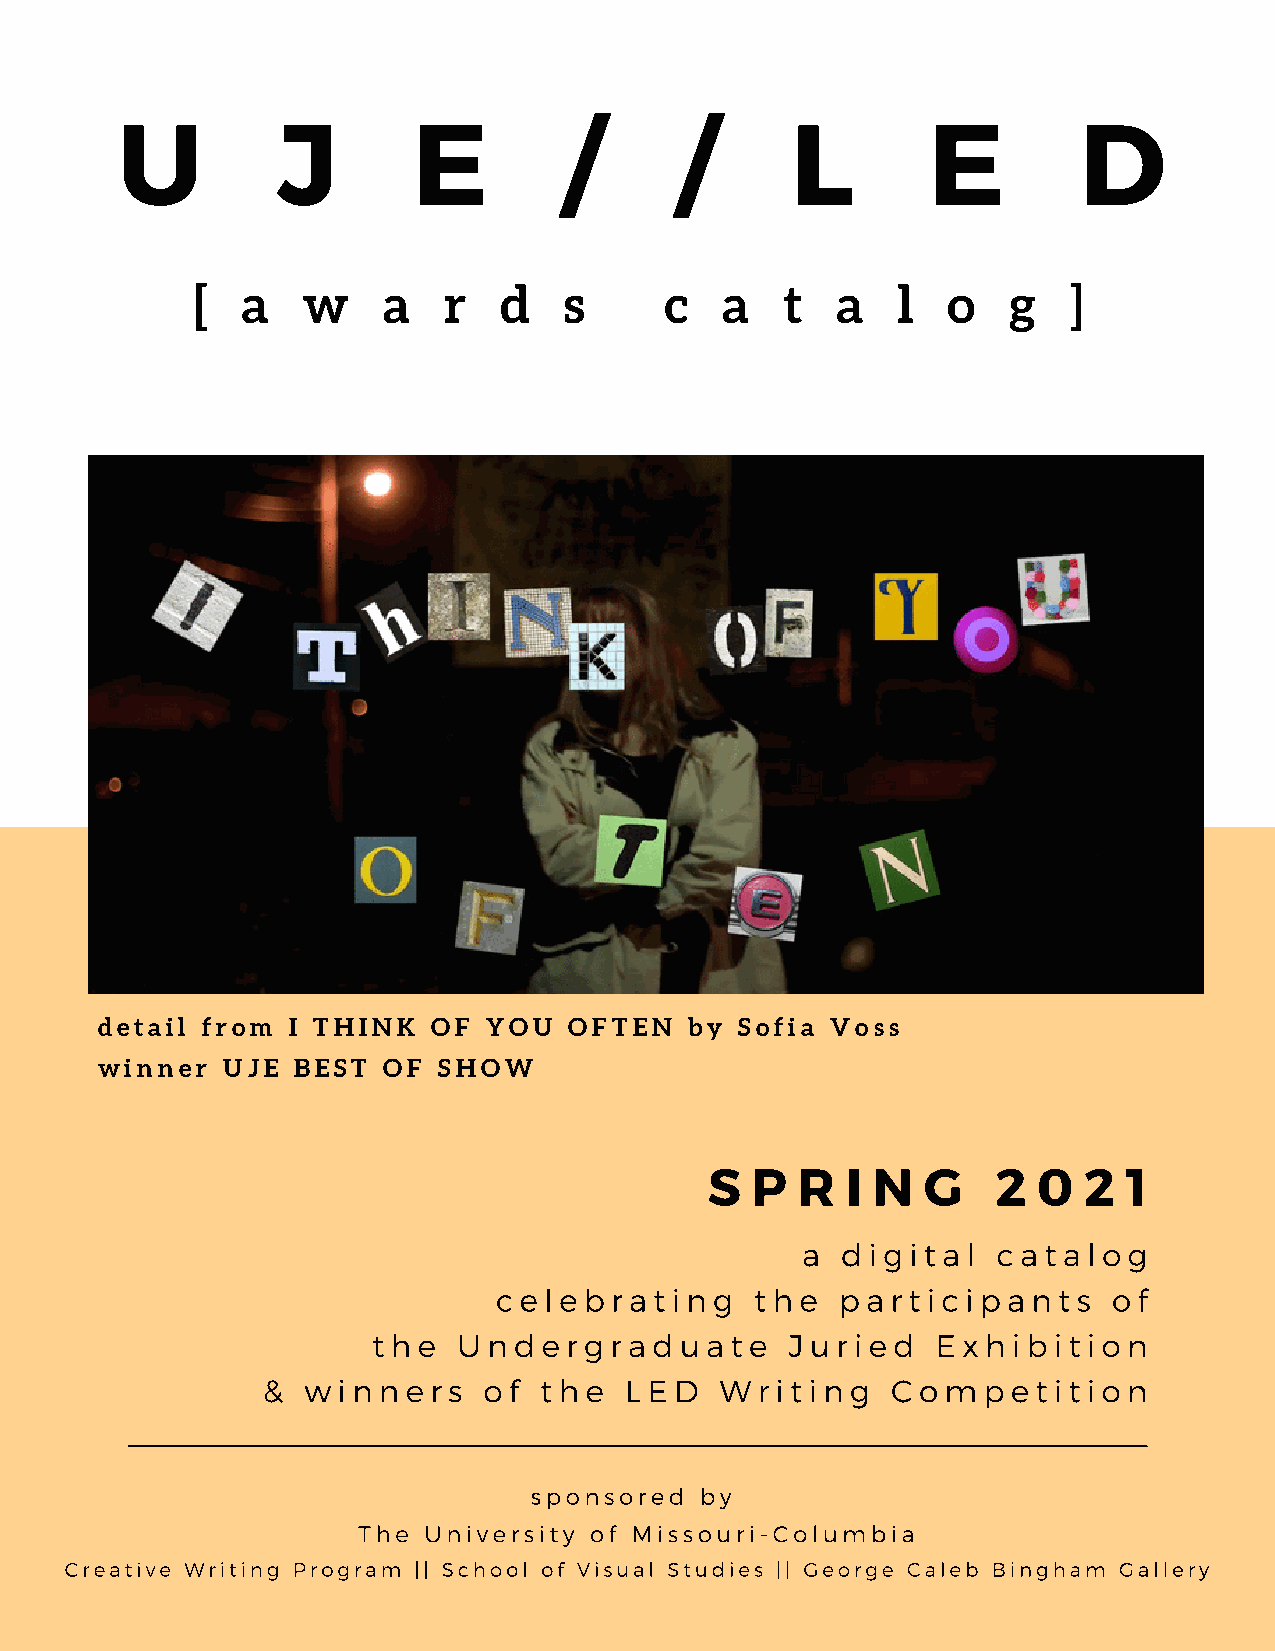
U         J        E         /       /      L        E         D
 [  a   w    a   r   d   s      c   a   t  a   l   o   g   ]
 detail from  I THINK   OF YOU   OFTEN   by Sofia Voss
 winner   UJE BEST  OF  SHOW
 S  P  R  I N  G    2  0  2  1
 a  d i g i ta l c a t a l o g
 c e l e b r a t i n g t h e p a rt i c i p a n t s o f
 t h e U nd e r g r a d u at e Ju r i e d E x h i b it i o n
 &  w i n n e rs o f t h e L E D W r i t i n g C o m p e t i t i o n
 sponsored  by
 The University of Missouri-Columbia
 Creative Writing Program || School of Visual Studies || George Caleb Bingham Gallery